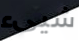
شيىء